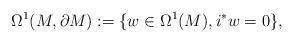
LaTeX: \begin{align*}\Omega^1(M,\partial M):=\{w\in\Omega^1(M),i^*w=0\},\end{align*}